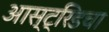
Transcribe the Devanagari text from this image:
आस्ट्रिडचा